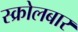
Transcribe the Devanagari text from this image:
स्क्रोलबार